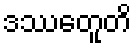
ဒဿေတူတိ